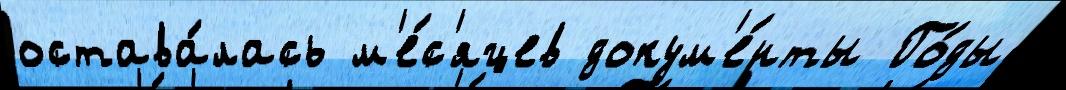
остава́лась м'е́с'яцев докум'е́нты Го́ды